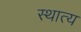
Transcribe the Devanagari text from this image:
स्थात्य